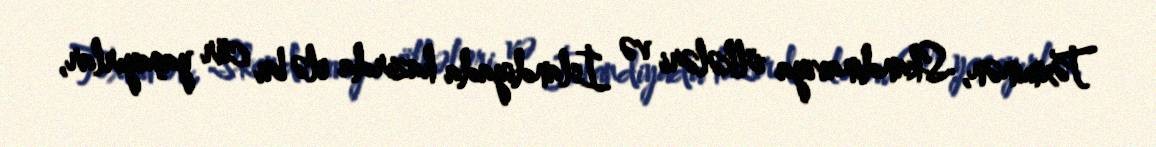
Təxminən, Skandinaviya ölkələri və İslandiyada hazırda elə bu cür yaşayırlar,